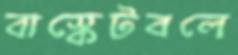
বাস্কেটবলে